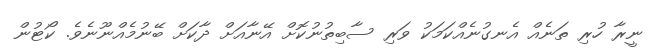
ނީރާ ހުރި ތަނެއް އެނގުނެއްކަމަކު ވަރި ސާބިތުނުކޮށް އޭނާއަށް ދާކަށް ބޭނުމެއްނޫނެވެ. ކޯޓުން